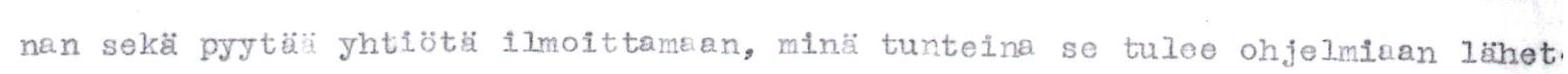
nan sekä pyytää yhtiötä ilmoittamaan, minä tunteina se tulee ohjelmiaan lähet.